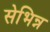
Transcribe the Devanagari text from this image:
सेभिन्न